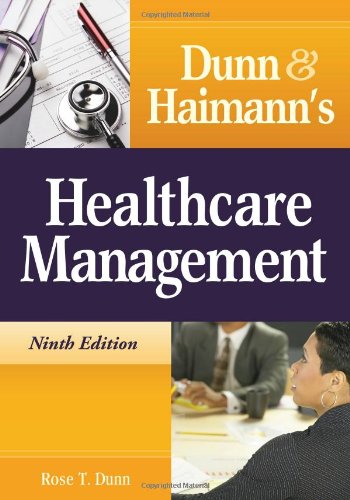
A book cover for Dunn and Haimann's Healthcare Management; Rose T. Dunn CPA FACHE FHFMA; Medical Books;